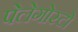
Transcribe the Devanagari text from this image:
पेलेगोस्टो